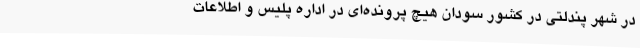
در شهر پندلتی در کشور سودان هیچ پرونده‌ای در اداره پلیس و اطلاعات